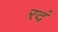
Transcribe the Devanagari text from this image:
रदं